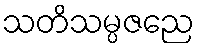
သတိသမ္ပဇညေ